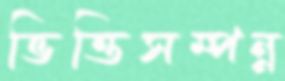
ভিত্তিসম্পন্ন